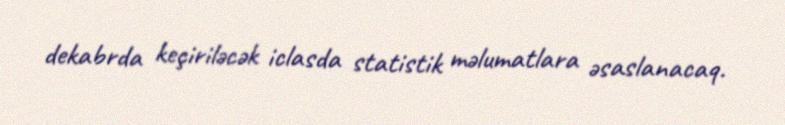
dekabrda keçiriləcək iclasda statistik məlumatlara əsaslanacaq.